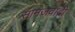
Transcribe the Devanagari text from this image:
सामजवादी